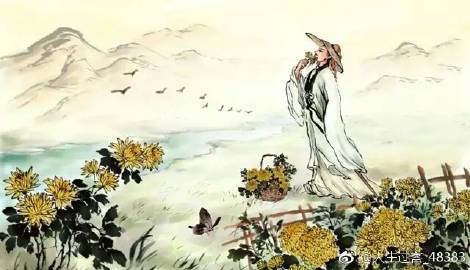
江汉思归客，乾坤一腐儒。